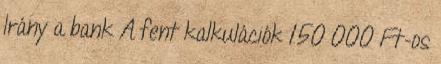
Irány a bank A fent kalkulációk 150 000 Ft-os